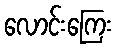
လောင်းကြေး